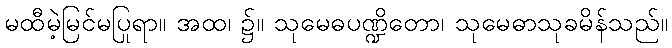
မထီမဲ့မြင်မပြုရာ။ အထ၊ ၌။ သုမေဓပဏ္ဍိတော၊ သုမေဓာသုခမိန်သည်။